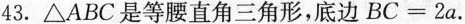
43.△ABC是等腰直角三角形，底边$$B C = 2 a$$.